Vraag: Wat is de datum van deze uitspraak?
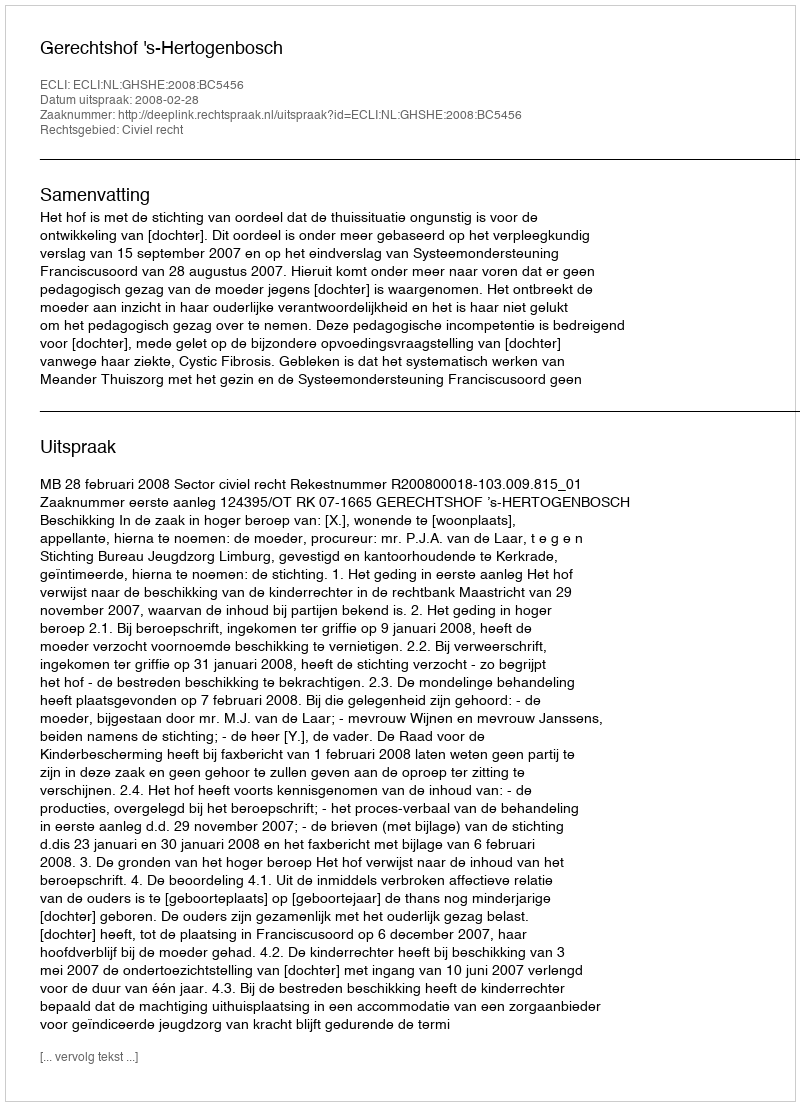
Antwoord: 2008-02-28